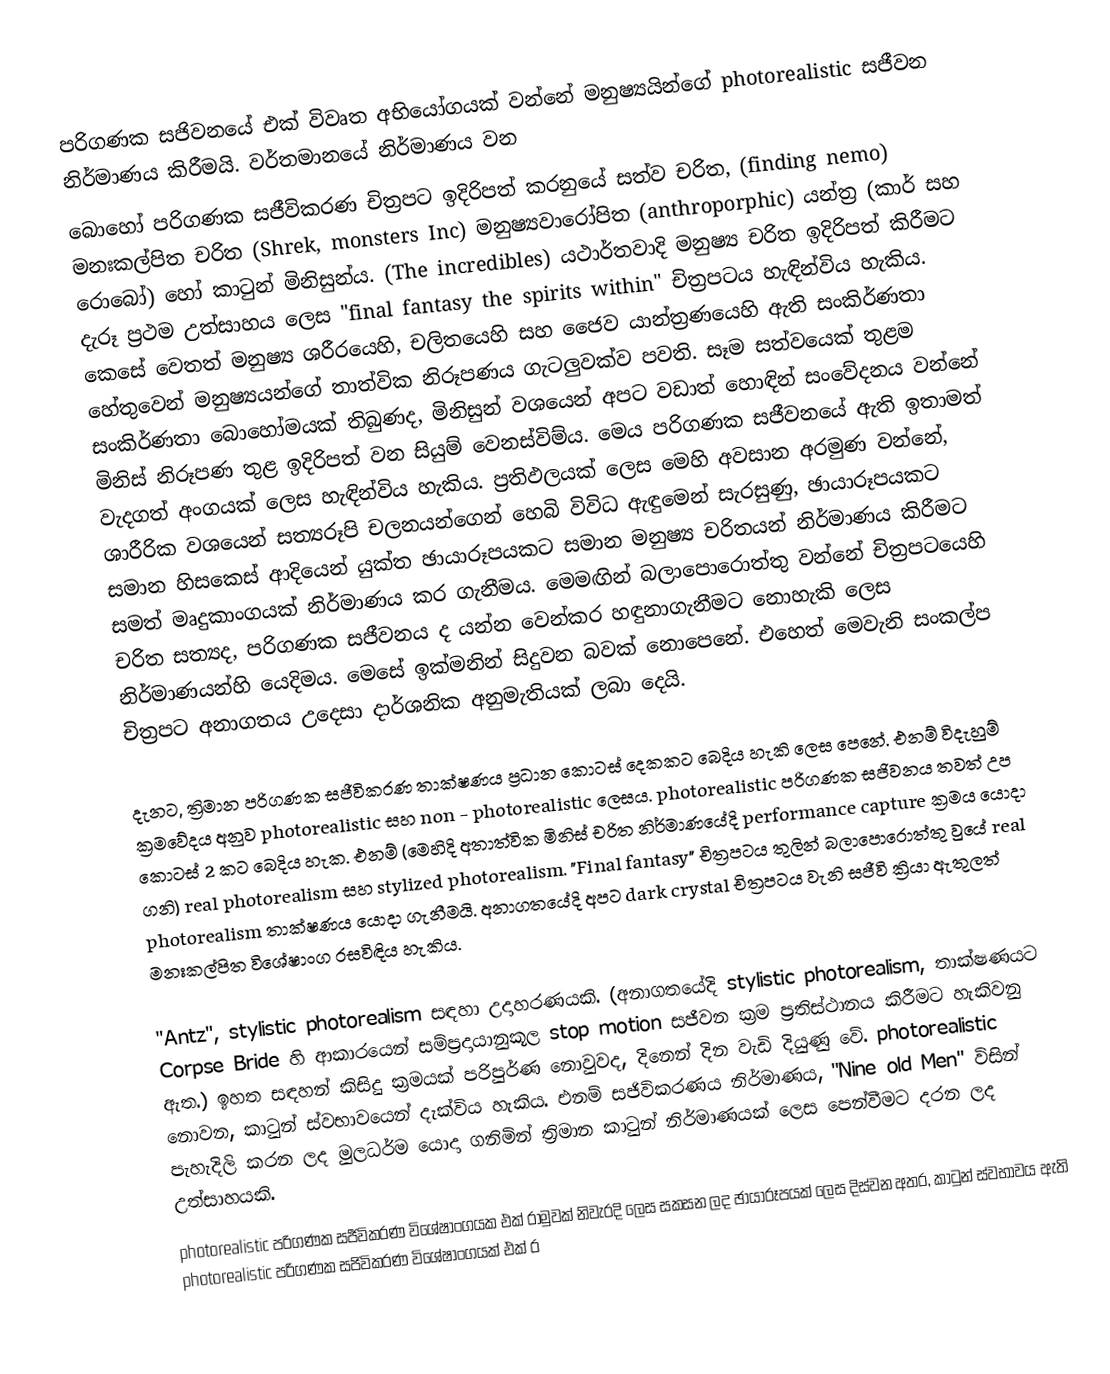
පරිගණක සජිවනයේ එක් විවෘත අභියෝගයක් වන්නේ මනුෂ්‍යයින්ගේ photorealistic සජීවන නිර්මා‍ණය කිරීමයි. වර්තමානයේ නිර්මාණය වන
බොහෝ පරිගණක සජීවිකරණ චිත්‍රපට ඉදිරිපත් කරනුයේ සත්ව චරිත, (finding nemo) මනඃකල්පිත චරිත (Shrek, monsters Inc) මනුෂ්‍යවාරෝපිත (anthroporphic) යන්ත්‍ර (කාර් සහ රොබෝ) හෝ කාටුන් මිනිසුන්ය. (The incredibles)  යථාර්තවාදි මනුෂ්‍ය චරිත ඉදිරිපත් කිරීමට දැරූ ප්‍රථම උත්සාහය ලෙස  "final fantasy the spirits within"  චිත්‍රපටය හැඳින්විය හැකිය. කෙසේ වෙතත් මනුෂ්‍ය ශරීරයෙහි, චලිතයෙහි සහ ජෛව යාන්ත්‍රණයෙහි ඇති සංකිර්ණතා හේතුවෙන් මනුෂ්‍යයන්ගේ තාත්වික නිරූපණය ගැටලුවක්ව පවති. සෑම සත්වයෙක් තුළම සංකිර්ණතා බොහෝමයක් තිබුණද, මිනිසුන් වශයෙන් අපට වඩාත් හොඳින් සංවේදනය වන්නේ මිනිස් නිරූපණ තුළ ඉදිරිපත් වන සියුම් වෙනස්විම්ය. මෙය පරිගණක  සජීවනයේ ඇති ඉතාමත් වැදගත් අංගයක් ලෙස හැඳින්විය හැකිය. ප්‍රතිඵලයක් ලෙස මෙහි අවසාන අරමුණ වන්නේ, ශාරීරික වශයෙන් සත්‍යරූපි චලනයන්ගෙන් හෙබි විවිධ ඇඳුමෙන් සැරසුණු, ඡායාරූපයකට සමාන හිසකෙස් ආදියෙන් යුක්ත ඡායාරූපයකට සමාන මනුෂ්‍ය චරිතයන් නිර්මාණය කිරීමට සමත් මෘදුකාංගයක් නිර්මාණය කර ගැනීමය. මෙමඟින් බලාපොරොත්තු වන්නේ චිත්‍රපටයෙහි චරිත සත්‍යද, පරිගණක සජීවනය ද යන්න වෙන්කර හඳුනාගැනීමට නොහැකි ලෙස නිර්මාණයන්හි යෙදිමය. මෙසේ ඉක්මනින් සිදුවන බවක් නොපෙනේ. එහෙත් මෙවැනි සංකල්ප චිත්‍රපට අනාගතය උදෙසා දාර්ශනික අනුමැතියක් ලබා දෙයි.

දැනට, ත්‍රිමාන පරිගණක සජීවිකරණ තාක්ෂණය ප්‍රධාන කොටස් දෙකකට බෙදිය හැකි ලෙස පෙනේ. එනම් විදැහුම් ක්‍රමවේදය අනුව photorealistic සහ non - photorealistic ලෙසය. photorealistic පරිගණක සජිවනය තවත් උප කොටස් 2 කට බෙදිය හැක. එනම්  (මෙහිදි අතාත්වික මිනිස් චරිත නිර්මාණයේදි performance capture ක්‍රමය යොදා ගනි) real photorealism සහ stylized photorealism. "Final fantasy" චිත්‍රපටය තුලින් බලාපොරොත්තු වුයේ real photorealism තාක්ෂණය යොදා ගැනීමයි.  අනාගතයේදි අපට  dark crystal චිත්‍රපටය වැනි සජීවි ක්‍රියා ඇතුලත් මනඃකල්පිත විශේෂාංග රසවිඳිය හැකිය.

"Antz", stylistic photorealism සඳහා උදාහරණයකි. (අනාගතයේදි  stylistic photorealism, තාක්ෂණයට Corpse Bride හි ආකාරයෙන් සම්ප්‍රදායානුකූල  stop motion සජීවන ක්‍රම ප්‍රතිස්ථානය කිරීමට හැකිවනු ඇත.) ඉහත සඳහන් කිසිදු ක්‍රමයක් පරිපුර්ණ නොවුවද, දිනෙන් දින වැඩි දියුණු වේ. photorealistic  නොවන, කාටුන් ස්වභාවයෙන් දැක්විය හැකිය. එනම් සජිවිකරණය නිර්මාණය, "Nine old Men" විසින් පැහැදිලි කරන ලද මුලධර්ම යොදා ගනිමින් ත්‍රිමාන කාටුන් නිර්මාණයක්  ලෙස පෙන්වීමට දරන ලද උත්සාහයකි.
photorealistic පරිගණක සජීවිකරණ විශේෂාංගයක එක් රාමුවක් නිවැරදි ලෙස සකසන ලද ඡායාරූපයක් ලෙස දිස්වන අතර, කාටුන් ස්වභාවය ඇති photorealistic පරිගණක සජිවිකරණ විශේෂාංගයක් එක් ර